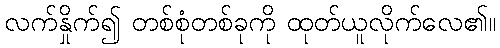
လက်နှိုက်၍ တစ်စုံတစ်ခုကို ထုတ်ယူလိုက်လေ၏။